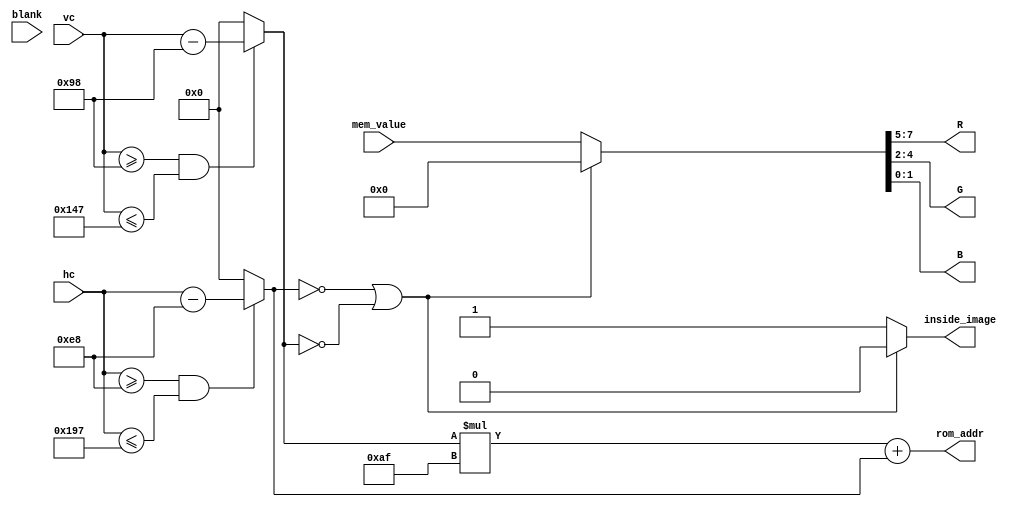
module vga_bsprite(hc, vc, mem_value, rom_addr, R, G, B, blank, inside_image);
	input [10:0] hc, vc;	// Coordinates of the current pixel
	input [7:0] mem_value;	// Memory value at address "rom_addr"
	input blank;
	output reg [14:0] rom_addr;	// ROM address
	output reg [2:0] R, G;
	output reg [1:0] B;	// RGB values outputs;
	output reg inside_image;
	
	parameter [10:0] VGA_WIDTH = 640;
	parameter [10:0] VGA_HEIGHT = 480;
	
	parameter [7:0] IMG_WIDTH = 175;
	parameter [7:0] IMG_HEIGHT = 175;
	
	parameter [3:0] SCALE = 1;
	
	parameter [10:0] START_X = (VGA_WIDTH - (IMG_WIDTH * SCALE)) / 2;
	parameter [10:0] START_Y = (VGA_HEIGHT - (IMG_HEIGHT * SCALE)) / 2;
	parameter [10:0] END_X = START_X + IMG_WIDTH;
	parameter [10:0] END_Y = START_Y + IMG_HEIGHT;
	
	reg [10:0] x, y;
	
	wire [10:0] div_hc, div_vc;
	wire [11:0] mult_x1, mult_y1;
	
	assign div_hc = hc >> (SCALE >> 1);
	assign div_vc = vc >> (SCALE >> 1);
	assign mult_x1 = END_X << (SCALE >> 1);
	assign mult_y1 = END_Y << (SCALE >> 1);
	
	always @ (*) begin
	
		if (hc >= START_X & hc <= mult_x1)		// make sure thath x1-x0 = image_width
			x = div_hc - START_X;	// offset the coordinates
		else
			x = 0;
			
		if (vc >= START_Y & vc <= mult_y1)		// make sure that y1-y0 = image_height
			y = div_vc - START_Y;	//offset the coordinates
		else
			y = 0;
			
		rom_addr = y*IMG_WIDTH + x;
		
		if (x==0 | y==0) begin		// set the color output
			{R,G,B} = 8'd0;
			inside_image <= 1'b0;
		end else begin
			{R,G,B} = mem_value;
			inside_image <= 1'b1;
		end
			
	end
endmodule